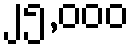
၂၅,၀၀၀